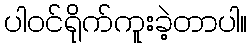
ပါဝင်ရိုက်ကူးခဲ့တာပါ။